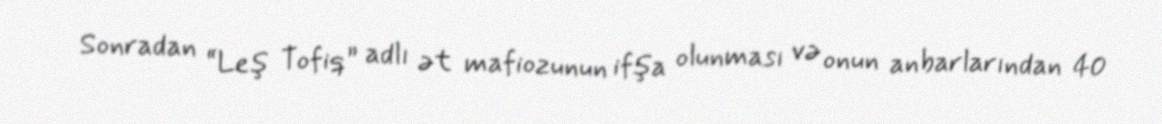
Sonradan “Leş Tofiq” adlı ət mafiozunun ifşa olunması və onun anbarlarından 40